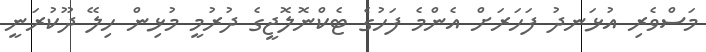
މަސްވެރި އުޅަނދު ފަހަރަަށް އެންމެ ފަހުގެ ޓެކްނޮލޮޖީގެ ދުރުމީ މުޅިން ހިލޭ ދޫކުރަނީ